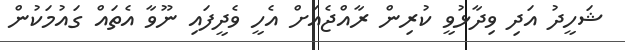
ޝަހީދު އަދި ވިދާޅުވީ ކުރިން ރާއްޖެއަށް އެހީ ވެދީފައި ނޫވާ އެތައް ގައުމަކުން